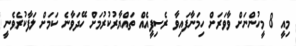
މިއީ 8 މީހުންނަށް ވާވަރަށް ހިމަނާފައިވާ ރެސިޕީއެއް ތައްޔާރުކުރުމަށް ހޭދަވާނެ ކަމަށް ލަފާކުރެވެނީ